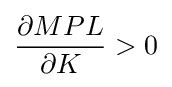
{\dfrac {\partial MPL}{\partial K}}>0